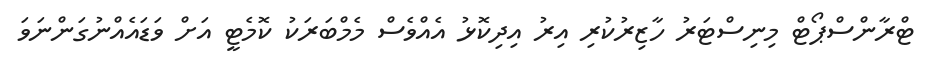
ޓްރާންސްޕޯޓް މިނިސްޓަރު ހާޒިރުކުރި އިރު އިދިކޮޅު އެއްވެސް މެމްބަރަކު ކޮމެޓީ އަށް ވަޑައެއްނުގަންނަވަ